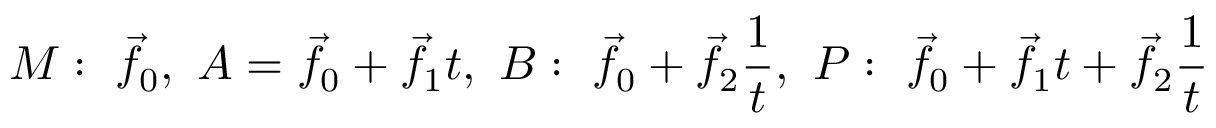
M : \ { \vec { f } } _ { 0 } , \ A = { \vec { f } } _ { 0 } + { \vec { f } } _ { 1 } t , \ B : \ { \vec { f } } _ { 0 } + { \vec { f } } _ { 2 } { \frac { 1 } { t } } , \ P : \ { \vec { f } } _ { 0 } + { \vec { f } } _ { 1 } t + { \vec { f } } _ { 2 } { \frac { 1 } { t } }